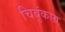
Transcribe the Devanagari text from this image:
चिबुंकाग्र